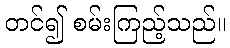
တင်၍ စမ်းကြည့်သည်။